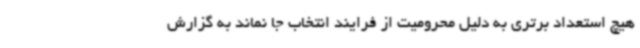
هیچ استعداد برتری به دلیل محرومیت از فرایند انتخاب جا نماند به گزارش